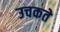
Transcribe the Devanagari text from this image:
उचकते